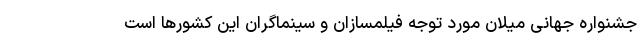
جشنواره جهانی میلان مورد توجه فیلمسازان و سینماگران این کشورها است